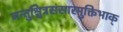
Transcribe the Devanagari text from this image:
जन्तुश्चित्रसंसारमुक्तिभाक्